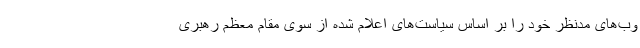
وب‌های مدنظر خود را بر اساس سیاست‌های اعلام شده از سوی مقام معظم رهبری